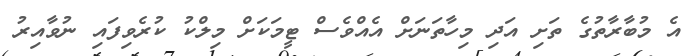
އެ މުބާރާތުގެ ތަށި އަދި މިހާތަނަށް އެއްވެސް ޓީމަކަށް މިލްކު ކުރެވިފައި ނުވާއިރު